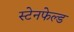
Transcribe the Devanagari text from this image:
स्टेनफेल्ड